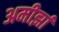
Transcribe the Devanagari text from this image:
अमीर्झा